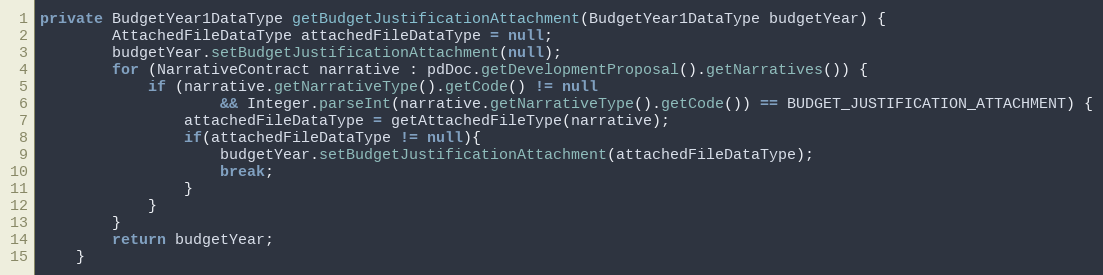
Language: Java
private BudgetYear1DataType getBudgetJustificationAttachment(BudgetYear1DataType budgetYear) {
        AttachedFileDataType attachedFileDataType = null;
        budgetYear.setBudgetJustificationAttachment(null);
        for (NarrativeContract narrative : pdDoc.getDevelopmentProposal().getNarratives()) {
            if (narrative.getNarrativeType().getCode() != null
                    && Integer.parseInt(narrative.getNarrativeType().getCode()) == BUDGET_JUSTIFICATION_ATTACHMENT) {
                attachedFileDataType = getAttachedFileType(narrative);
                if(attachedFileDataType != null){
                    budgetYear.setBudgetJustificationAttachment(attachedFileDataType);
                    break;
                }
            }
        }
        return budgetYear;
    }